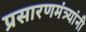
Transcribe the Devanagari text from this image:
प्रसारणमंत्र्यांनी